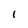
Character: I